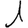
Digit: 1